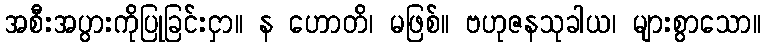
အစီးအပွားကိုပြုခြင်းငှာ။ န ဟောတိ၊ မဖြစ်။ ဗဟုဇနသုခါယ၊ များစွာသော။